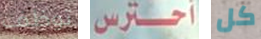
توظف أحترس كل